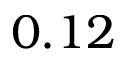
0 . 1 2